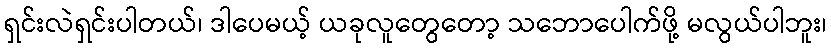
ရှင်းလဲရှင်းပါတယ်၊ ဒါပေမယ့် ယခုလူတွေတော့ သဘောပေါက်ဖို့ မလွယ်ပါဘူး၊